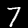
Label: 7